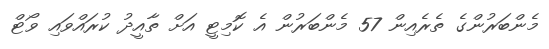
މެންބަރުންގެ ތެރެއިން 57 މެންބަރުން އެ ކޮމިޓީ އަށް ތާއީދު ކުރައްވައި ވޯޓް